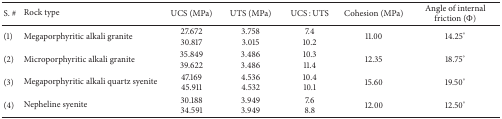
<table><thead><tr><td><b>S. #</b></td><td><b>Rock type</b></td><td><b>UCS (MPa)</b></td><td><b>UTS (MPa)</b></td><td><b>UCS : UTS</b></td><td><b>Cohesion (MPa)</b></td><td><b>Angle of internal friction (Φ)</b></td></tr></thead><tbody><tr><td>(1)</td><td>Megaporphyritic alkali granite</td><td>27.67230.817</td><td>3.7583.015</td><td>7.410.2</td><td>11.00</td><td>14.25°</td></tr><tr><td>(2)</td><td>Microporphyritic alkali granite</td><td>35.84939.622</td><td>3.4863.486</td><td>10.311.4</td><td>12.35</td><td>18.75°</td></tr><tr><td>(3)</td><td>Megaporphyritic alkali quartz syenite</td><td>47.16945.911</td><td>4.5364.532</td><td>10.410.1</td><td>15.60</td><td>19.50°</td></tr><tr><td>(4)</td><td>Nepheline syenite</td><td>30.18834.591</td><td>3.9493.949</td><td>7.68.8</td><td>12.00</td><td>12.50°</td></tr></tbody></table>